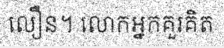
លឿន។ លោកអ្នកគួរគិត